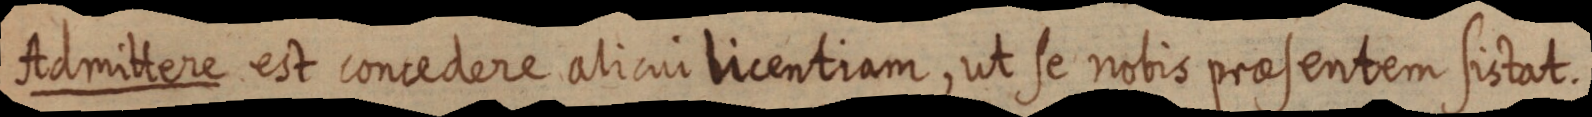
Admittere est concedere alicui licentiam, ut se nobis praesentem sistat.